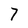
Character: 7